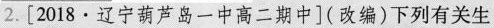
2.[2018·辽宁葫芦岛一中高二期中](改编)下列有关生